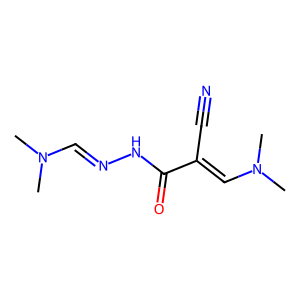
SMILES: CN(C)C=NNC(=O)C(C#N)=CN(C)C
Inhibits HIV replication: No